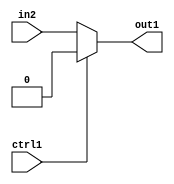
`timescale 1ps / 1ps
/*****************************************************************************
    Verilog RTL Description
    
    
    Created by: Stratus DpOpt 2019.1.01 
*******************************************************************************/

module feature_write_addr_gen_Muxi0u1u1_1 (
	in2,
	ctrl1,
	out1
	); /* architecture "behavioural" */ 
input  in2,
	ctrl1;
output  out1;
wire  asc001;

reg [0:0] asc001_tmp_0;
assign asc001 = asc001_tmp_0;
always @ (ctrl1 or in2) begin
	case (ctrl1)
		1'B1 : asc001_tmp_0 = 1'B0 ;
		default : asc001_tmp_0 = in2 ;
	endcase
end

assign out1 = asc001;
endmodule

/* CADENCE  uLPzQgs= : u9/ySgnWtBlWxVPRXgAZ4Og= ** DO NOT EDIT THIS LINE ******/